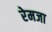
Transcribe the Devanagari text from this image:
रेमजा